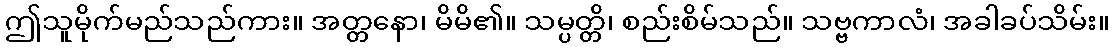
ဤသူမိုက်မည်သည်ကား။ အတ္တနော၊ မိမိ၏။ သမ္ပတ္တိ၊ စည်းစိမ်သည်။ သဗ္ဗကာလံ၊ အခါခပ်သိမ်း။